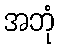
အဘုံ